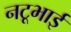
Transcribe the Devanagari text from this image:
नटूभाई